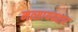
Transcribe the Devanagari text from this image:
मत्सायवतार